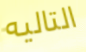
التاليه